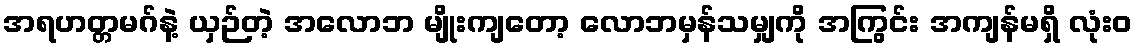
အရဟတ္တမဂ်နဲ့ ယှဉ်တဲ့ အလောဘ မျိုးကျတော့ လောဘမှန်သမျှကို အကြွင်း အကျန်မရှိ လုံးဝ